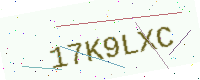
Text: 17K9LXC